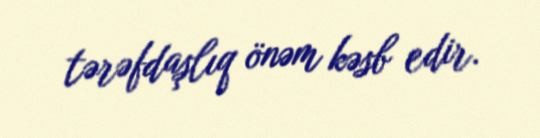
tərəfdaşlıq önəm kəsb edir.